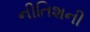
નીતિશની